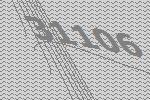
31106